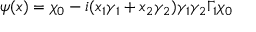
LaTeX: \psi ( x ) = \chi _ { 0 } - i ( x _ { 1 } \gamma _ { 1 } + x _ { 2 } \gamma _ { 2 } ) \gamma _ { 1 } \gamma _ { 2 } \Gamma _ { 1 } \chi _ { 0 }